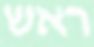
ראש